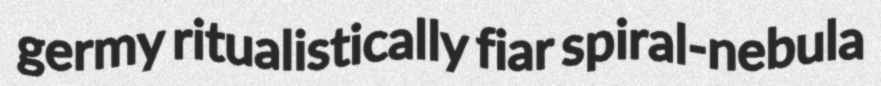
germy ritualistically fiar spiral-nebula